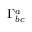
\Gamma _ { b c } ^ { a }